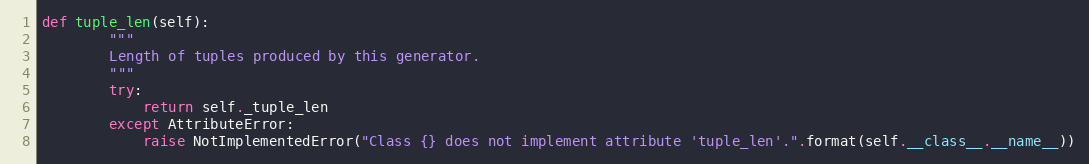
Language: Python
def tuple_len(self):
        """
        Length of tuples produced by this generator.
        """
        try:
            return self._tuple_len
        except AttributeError:
            raise NotImplementedError("Class {} does not implement attribute 'tuple_len'.".format(self.__class__.__name__))